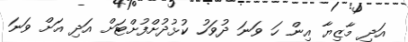
އަދި މާޒިޔާ އިން ހަ ވަނަ ދުވަހު ކުޅުދުށްފުށްޓަށް އަދި އަށް ވަނަ